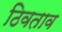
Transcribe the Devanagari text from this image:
ठिवताव